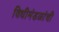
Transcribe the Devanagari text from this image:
विधीमंडळांची